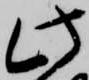
此